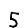
Digit: 5